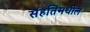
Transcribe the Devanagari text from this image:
संहतिंमधील